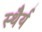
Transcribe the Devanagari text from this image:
स्‍थैर्य